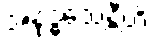
အနုဒ္ဓံသေန္တီတိ